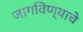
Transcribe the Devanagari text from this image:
जागविण्याचे